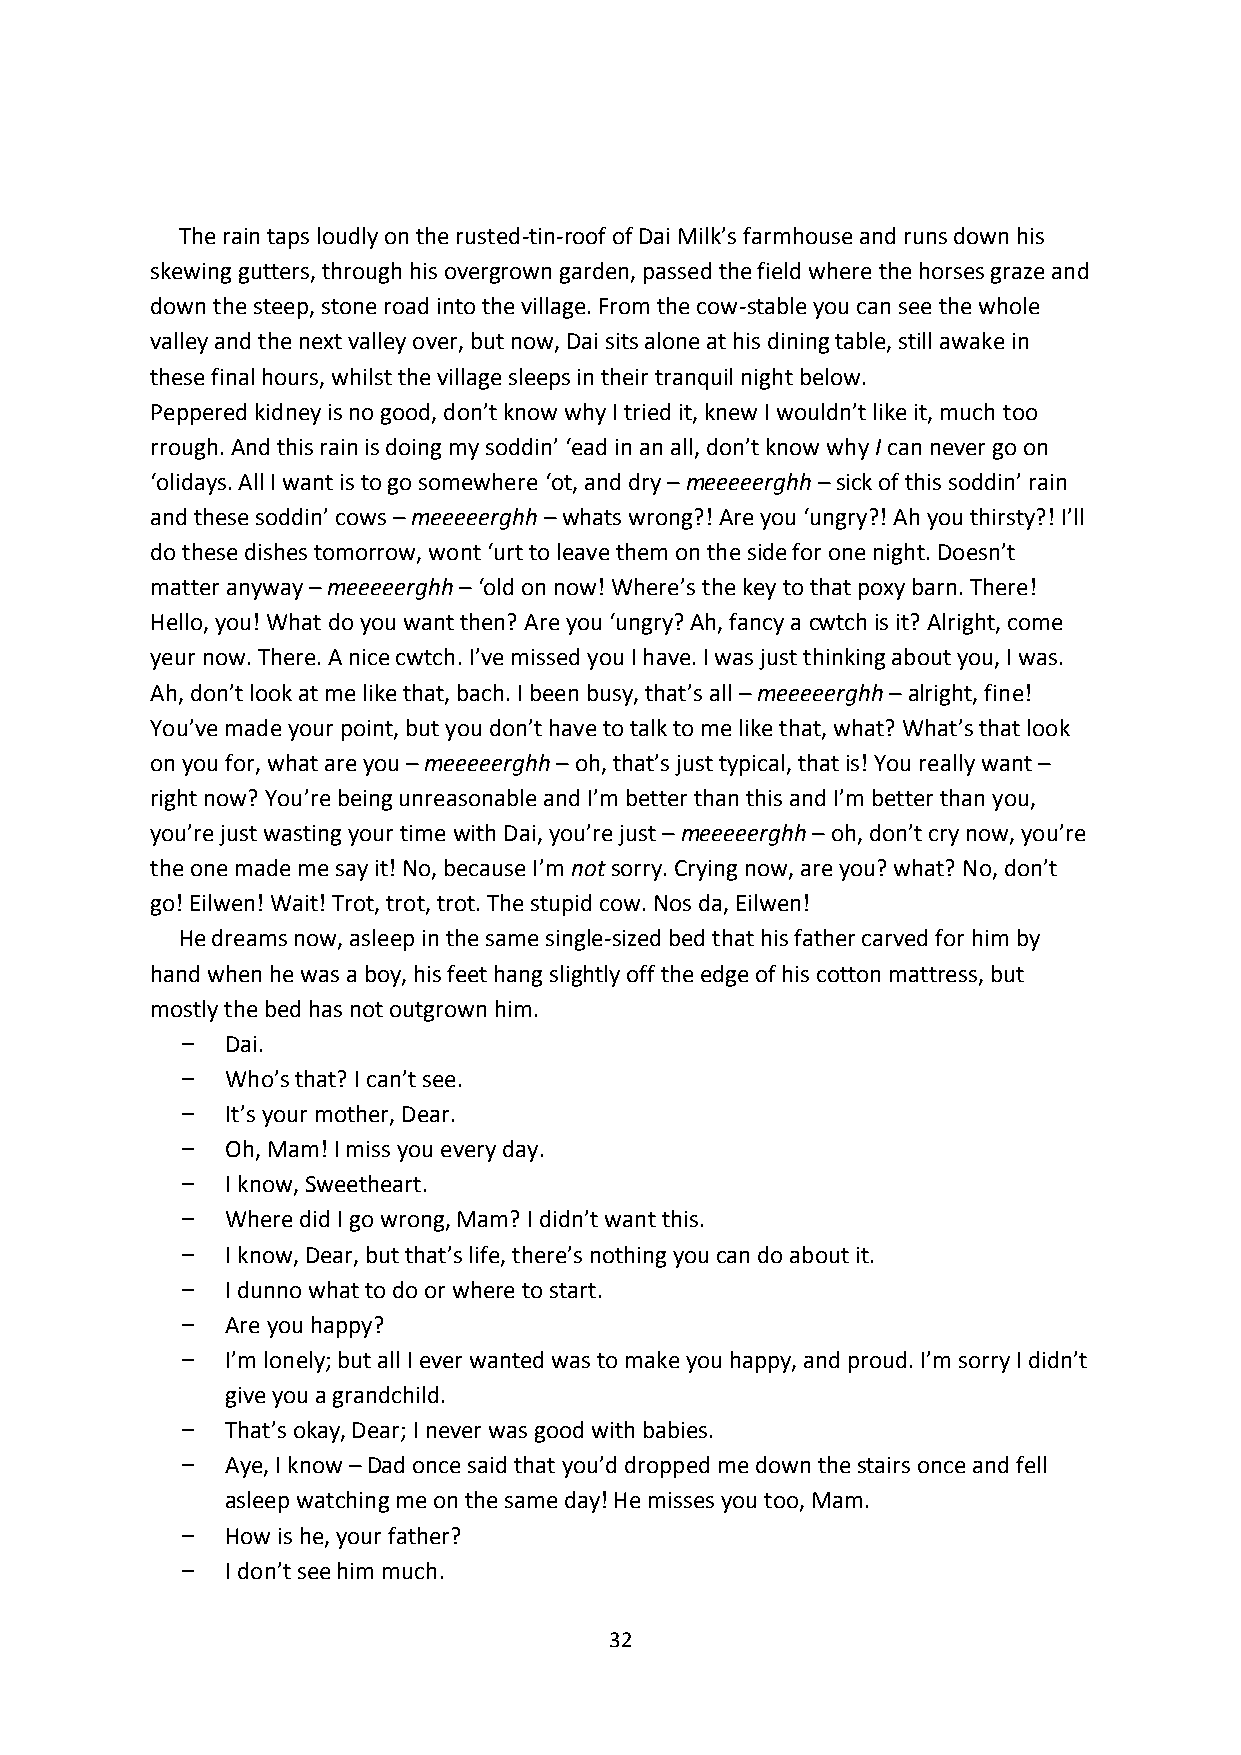
The rain taps loudly on the rusted-tin-roof of Dai Milk’s farmhouse and runs down his
 skewing gutters, through his overgrown garden, passed the field where the horses graze and
 down the steep, stone road into the village. From the cow-stable you can see the whole
 valley and the next valley over, but now, Dai sits alone at his dining table, still awake in
 these final hours, whilst the village sleeps in their tranquil night below.
 Peppered kidney is no good, don’t know why I tried it, knew I wouldn’t like it, much too
 rrough. And this rain is doing my soddin’ ‘ead in an all, don’t know why I can never go on
 ‘olidays. All I want is to go somewhere ‘ot, and dry – meeeeerghh – sick of this soddin’ rain
 and these soddin’ cows – meeeeerghh – whats wrong?! Are you ‘ungry?! Ah you thirsty?! I’ll
 do these dishes tomorrow, wont ‘urt to leave them on the side for one night. Doesn’t
 matter anyway – meeeeerghh – ‘old on now! Where’s the key to that poxy barn. There!
 Hello, you! What do you want then? Are you ‘ungry? Ah, fancy a cwtch is it? Alright, come
 yeur now. There. A nice cwtch. I’ve missed you I have. I was just thinking about you, I was.
 Ah, don’t look at me like that, bach. I been busy, that’s all – meeeeerghh – alright, fine!
 You’ve made your point, but you don’t have to talk to me like that, what? What’s that look
 on you for, what are you – meeeeerghh – oh, that’s just typical, that is! You really want –
 right now? You’re being unreasonable and I’m better than this and I’m better than you,
 you’re just wasting your time with Dai, you’re just – meeeeerghh – oh, don’t cry now, you’re
 the one made me say it! No, because I’m not sorry. Crying now, are you? what? No, don’t
 go! Eilwen! Wait! Trot, trot, trot. The stupid cow. Nos da, Eilwen!
 He dreams now, asleep in the same single-sized bed that his father carved for him by
 hand when he was a boy, his feet hang slightly off the edge of his cotton mattress, but
 mostly the bed has not outgrown him.
 Dai.
 Who’s that? I can’t see.
 It’s your mother, Dear.
 Oh, Mam! I miss you every day.
 I know, Sweetheart.
 Where did I go wrong, Mam? I didn’t want this.
 I know, Dear, but that’s life, there’s nothing you can do about it.
 I dunno what to do or where to start.
 Are you happy?
 I’m lonely; but all I ever wanted was to make you happy, and proud. I’m sorry I didn’t
 give you a grandchild.
 That’s okay, Dear; I never was good with babies.
 Aye, I know – Dad once said that you’d dropped me down the stairs once and fell
 asleep watching me on the same day! He misses you too, Mam.
 How is he, your father?
 I don’t see him much.
 32